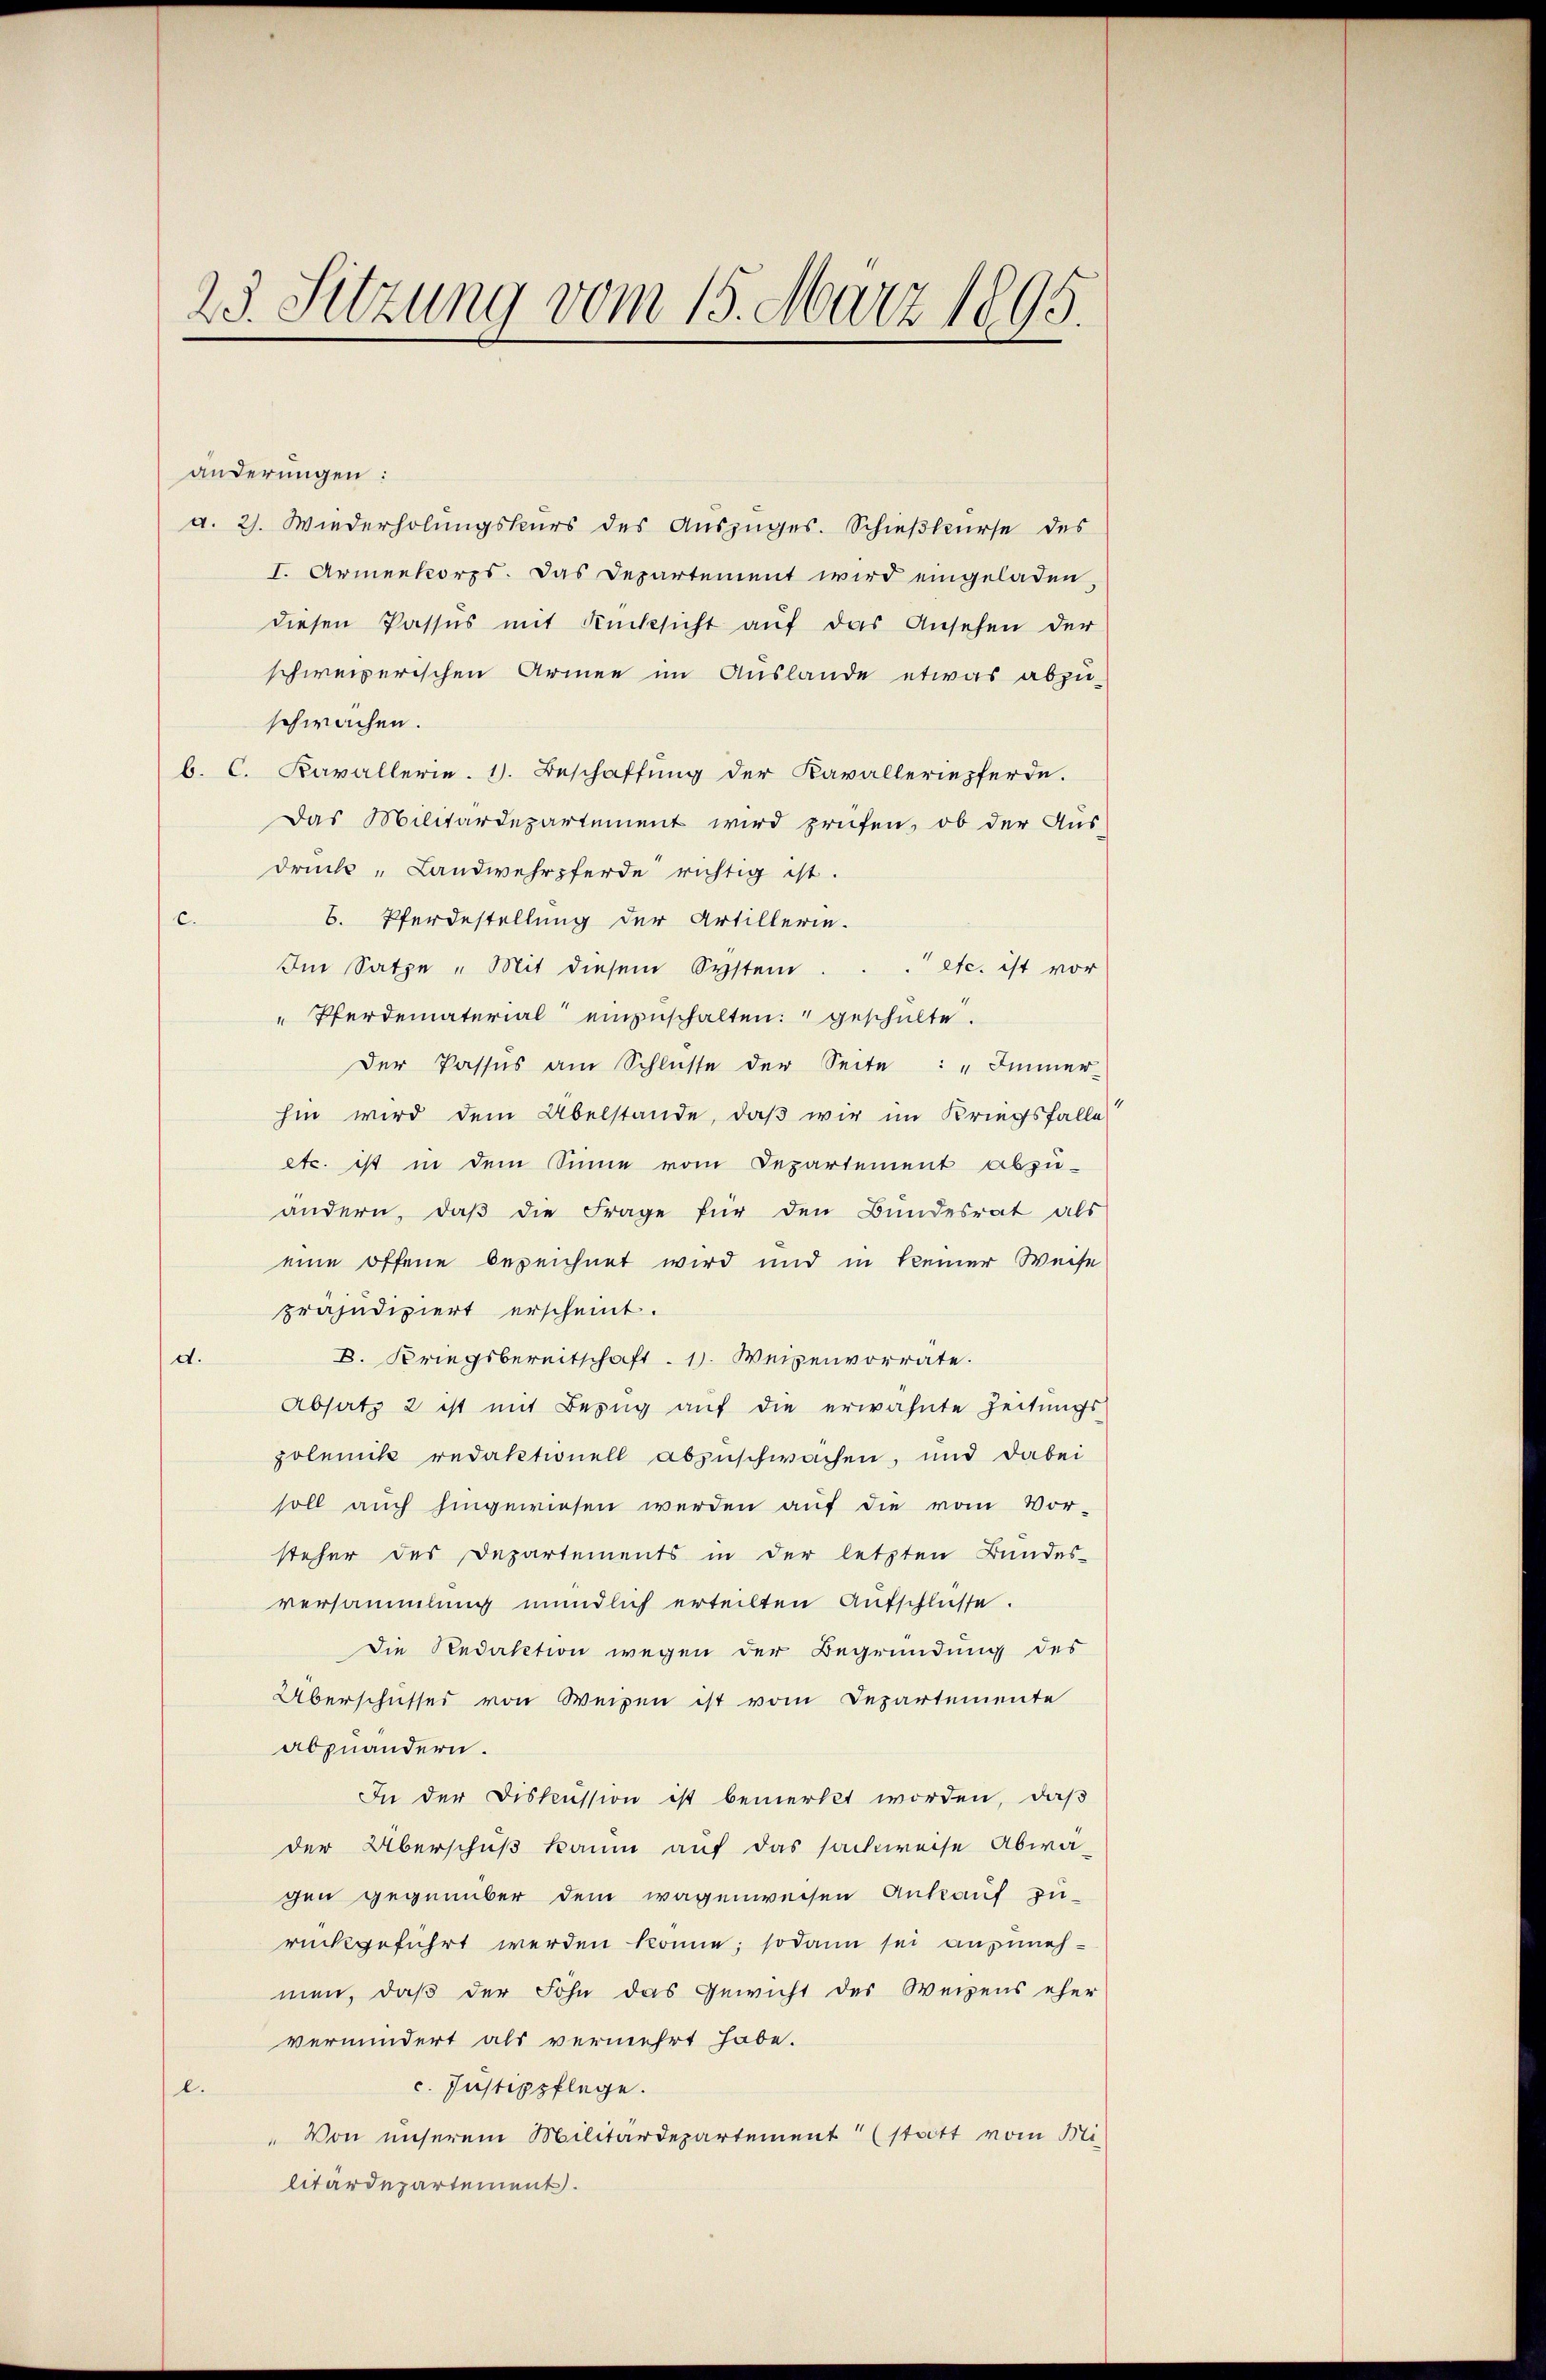
25. Sitzung vom 15. März 1895.

änderungen:
a. 2. Wiederholungskurs des Auszuges. Schießkurse des
I. Armenkorps. Das Departement wird eingeladen,
diesen Passus mit Rücksicht aŭf das Ansehen der
schweizerischen Armee im Auslande etwas abzu-
schwachen.
b. C. Kavallerie. 1. Beschaffung der Kavalleriepferde.
Das Militärdepartement wird prüfen, ob der Aus-
druck „Landwehrpferde richtig ist.
B. Pferdestellung der Artillerie.
c.
Im Satze „Mit diesem System.
 etc. ist vor
" Pferdematerial einzuschalten: " geschulte.
Der Passus am Schlüsse der Seite: "Immer-
hin wird dem Übelstande, daß wir im Kriegsfalle
etc. ist in dem Sinne vom Departement abzu-
andern, daβ die Frage für den Bundesrat als
eine offene bezeichnet wird und in keiner Weise
präjudiziert erscheint.
B. Kriegsbereitschaft . 1. Weisenvorrate.
d.
Absatz 2 ist mit Bezug auf die erwähnte Zeitungs-
polemik redaktionell abzuschwachen, und dabei
soll auch hingewiesen werden auf die vom Vor-
steher des Departements in der letzten Bundes-
versammlung mündlich erteilten Aufschlüsse.
Die Redaktion wegen der Begründung des
Überschusses von Weigen ist vom Departemente
abzuändern.
In der Diskussion ist bemerkt worden, daß
der Überschuß kaum auf das sackweise Abwa
gen gegenüber dem wagenweisen Ankauf zu-
rückgeführt werden könne; sodann sei anzunehmen, daß der Sohn das Gewicht des Weizens eher
vermindert als vermehrt habe.
c. Instippflege.
.
Von unserem Militärdepartement (statt vom Mi
litärdepartement.